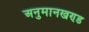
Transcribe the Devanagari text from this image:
अनुमानखण्ड